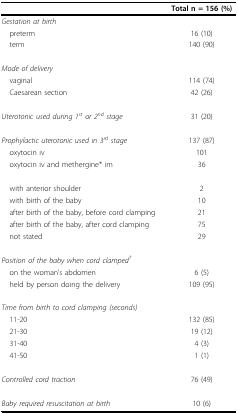
<table><thead><tr><td></td><td><b>Total n = 156 (%)</b></td></tr></thead><tbody><tr><td><i>Gestation at birth</i></td><td></td></tr><tr><td> preterm</td><td>16 (10)</td></tr><tr><td> term</td><td>140 (90)</td></tr><tr><td><i>Mode of delivery</i></td><td></td></tr><tr><td> vaginal</td><td>114 (74)</td></tr><tr><td> Caesarean section</td><td>42 (26)</td></tr><tr><td><i>Uterotonic used during 1<sup>st </sup>or 2<sup>nd </sup>stage</i></td><td>31 (20)</td></tr><tr><td><i>Prophylactic uterotonic used in 3<sup>rd </sup>stage</i></td><td>137 (87)</td></tr><tr><td> oxytocin iv</td><td>101</td></tr><tr><td> oxytocin iv and methergine* im</td><td>36</td></tr><tr><td> with anterior shoulder</td><td>2</td></tr><tr><td> with birth of the baby</td><td>10</td></tr><tr><td> after birth of the baby, before cord clamping</td><td>21</td></tr><tr><td> after birth of the baby, after cord clamping</td><td>75</td></tr><tr><td> not stated</td><td>29</td></tr><tr><td><i>Position of the baby when cord clamped<sup>† </sup></i></td><td></td></tr><tr><td> on the woman&#x27;s abdomen</td><td>6 (5)</td></tr><tr><td> held by person doing the delivery</td><td>109 (95)</td></tr><tr><td><i>Time from birth to cord clamping (seconds)</i></td><td></td></tr><tr><td> 11-20</td><td>132 (85)</td></tr><tr><td> 21-30</td><td>19 (12)</td></tr><tr><td> 31-40</td><td>4 (3)</td></tr><tr><td> 41-50</td><td>1 (1)</td></tr><tr><td><i>Controlled cord traction </i></td><td>76 (49)</td></tr><tr><td><i>Baby required resuscitation at birth</i></td><td>10 (6)</td></tr></tbody></table>